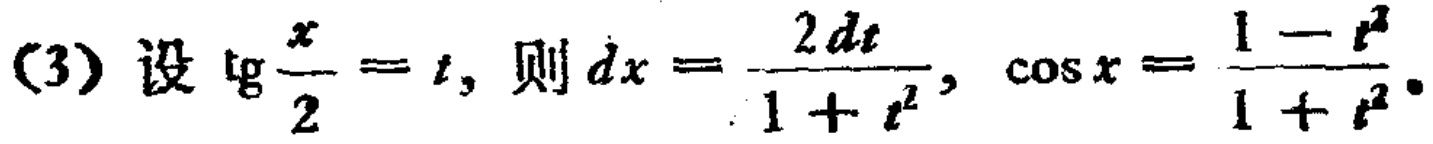
(3) 设 $\mathrm{tg}\frac{x}{2}=t$, 则 $dx = \frac{2dt}{1 + t^{2}}$, $\cos x = \frac{1 - t^{2}}{1 + t^{2}}$.